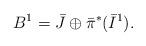
LaTeX: \begin{align*}B^1 = \bar J\oplus\bar \pi^*(\bar I^1).\end{align*}